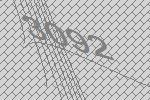
3092